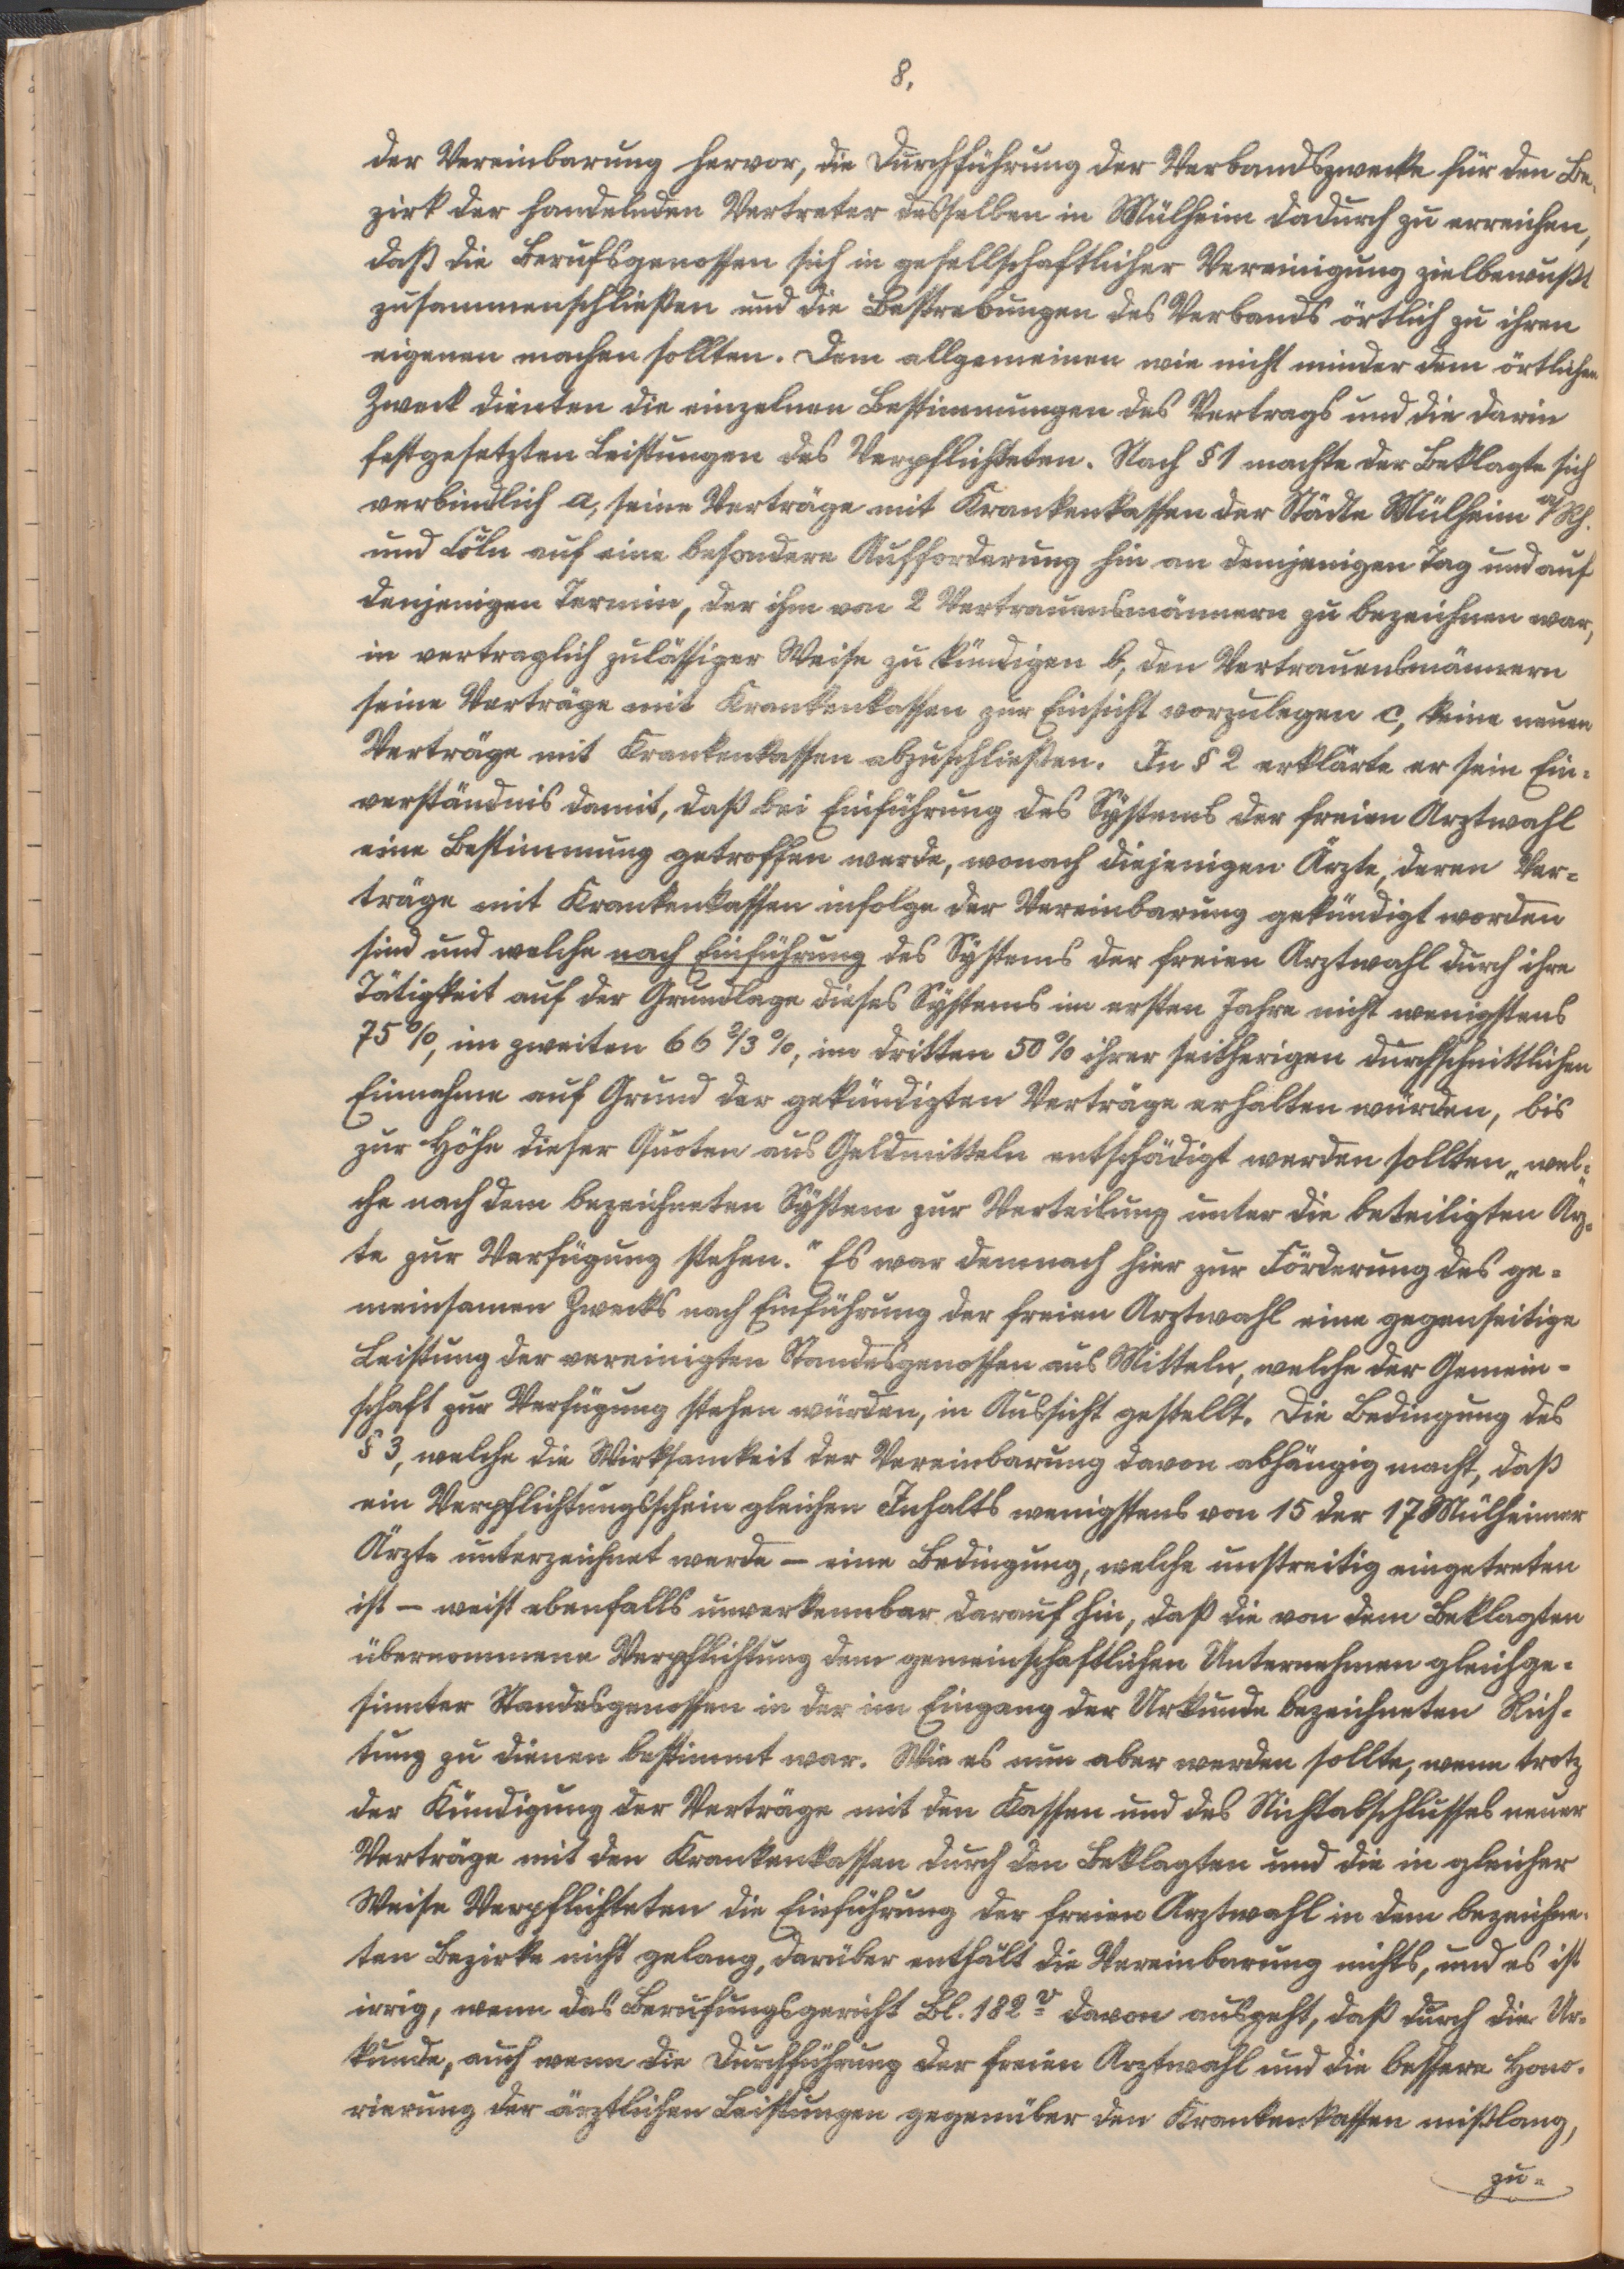
8.

der Vereinbarung hervor, die Durchführung der Verbandszwecke für den Be¬
zirk der handelnden Vertreter desselben in Mülheim dadurch zu erreichen,
daß die Berufsgenossen sich in gesellschaftlicher Vereinigung zielbewußt
zusammenschließen und die Bestrebungen des Verbands örtlich zu ihren
eigenen machen sollten. Dem allgemeinen wie nicht minder dem örtlichen
Zweck dienten die einzelnen Bestimmungen des Vertrags und die darin
festgesetzten Leistungen des Verpflichteten. Nach § 1 machte der Beklagte sich
verbindlich a, seine Verträge mit Krankenkassen der Städte Mülheim a/Rh.
und Cöln auf eine besondere Aufforderung hin an demjenigen Tag und auf
denjenigen Termin, der ihm von 2 Vertrauensmännern zu bezeichnen war,
in vertraglich zulässiger Weise zu kündigen b, den Vertrauensmännern
seine Verträge mit Krankenkassen zur Einsicht vorzulegen c, keine neuen
Verträge mit Krankenkassen abzuschließen. In § 2 erklärte er sein Ein¬
verständnis damit, daß bei Einführung des Systems der freien Arztwahl
eine Bestimmung getroffen werde, wonach diejenigen Ärzte, deren Ver¬
träge mit Krankenkassen infolge der Vereinbarung gekündigt worden
sind und welche nach Einführung des Sÿstems der freien Arztwahl durch ihre
Tätigkeit auf der Grundlage dieses Systems im ersten Jahre nicht wenigstens
75 %, im zweiten 66 2/3 %, im dritten 50 % ihrer seitherigen durchschnittlichen
Einnahme auf Grund der gekündigten Verträge erhalten würden, bis
zur Höhe dieser Quoten aus Geldmitteln entschädigt werden sollten, „wel¬
che nach dem bezeichneten Sÿstem zur Verteilung unter die beteiligten Ärz¬
te zur Verfügung stehen." Es war demnach hier zur Förderung des ge¬
meinsamen Zwecks nach Einführung der freien Arztwahl eine gegenseitige
Leistung der vereinigten Standesgenossen aus Mitteln, welche der Gemein¬
schaft zur Verfügung stehen würden, in Aussicht gestellt. Die Bedingung des
§ 3, welche die Wirksamkeit der Vereinbarung davon abhängig macht, daß
ein Verpflichtungsschein gleichen Inhalts wenigstens von 15 der 17 Mülheimer
Ärzte unterzeichnet werde - eine Bedingung, welche unstreitig eingetreten
ist - weist ebenfalls unverkennbar darauf hin, daß die von dem Beklagten
übernommene Verpflichtung dem gemeinschaftlichen Unternehmen gleichge¬
sinnter Standesgenossen in der im Eingang der Urkunde bezeichneten Rich¬
tung zu dienen bestimmt war. Wie es nun aber werden sollte, wenn trotz
der Kündigung der Verträge mit den Kassen und des Nichtabschlusses neuer
Verträge mit den Krankenkassen durch den Beklagten und die in gleicher
Weise Verpflichteten die Einführung der freien Arztwahl in dem bezeichne¬
ten Bezirke nicht gelang, darüber enthält die Vereinbarung nichts, und es ist
irrig, wenn das Berufungsgericht Bl. 182v davon ausgeht, daß durch die Ur¬
kunde, auch wenn die Durchführung der freien Arztwahl und die bessere Hono¬
rierung der ärztlichen Leistungen gegenüber den Krankenkassen mißlang,
zu¬